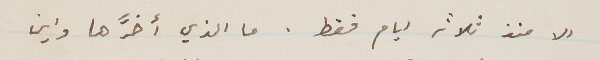
الا منذ ثلاثة ايام فقط . ما الذي أخرَّها واين